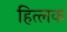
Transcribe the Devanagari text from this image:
हित्लक